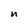
Character: n